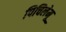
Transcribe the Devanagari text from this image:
पिचिलेमू